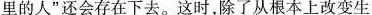
里的人”还会存在下去。这时，除了从根本上改变生